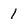
Character: 1